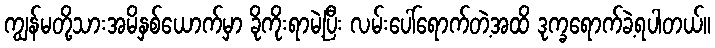
ကျွန်မတို့သားအမိနှစ်ယောက်မှာ ခိုကိုးရာမဲ့ပြီး လမ်းပေါ်ရောက်တဲ့အထိ ဒုက္ခရောက်ခဲ့ရပါတယ်။